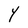
Character: Y